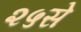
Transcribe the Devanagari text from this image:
२५से